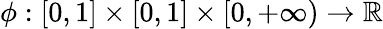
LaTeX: \phi:[0,1]\times[0,1]\times[0,+\infty)\to\mathbb{R}